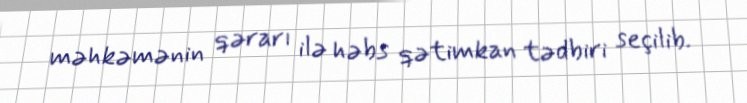
məhkəmənin qərarı ilə həbs qətimkan tədbiri seçilib.